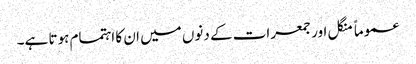
عموماً منگل اور جمعرات کے دنوں میں ان کا اہتمام ہوتا ہے۔